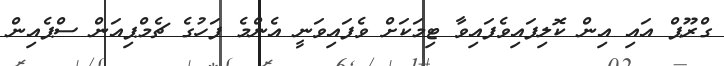
ގްރޫޕް އައި އިން ކޮލިފައިވެފައިވާ ޓިމަކަށް ވެފައިވަނީ އެންމެ ފަހުގެ ޗެމްޕިއަން ސްޕެއިން